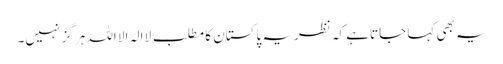
یہ بھی کہا جاتا ہے کہ نظریہ پاکستان کا مطلب لا الہ الا اللہ ہر گز نہیں۔